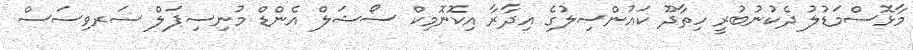
މާޅޮސްމަޑުލު ދެކުނުބުރީ ހިތާދޫ ކައުންސިލުގެ އިދާރާ އިކޮނޮމިކް ސޯޝަލް އެންޑް މުނިސިޕަލް ސަރވިސަސް